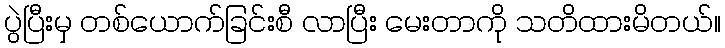
ပွဲပြီးမှ တစ်ယောက်ခြင်းစီ လာပြီး မေးတာကို သတိထားမိတယ်။